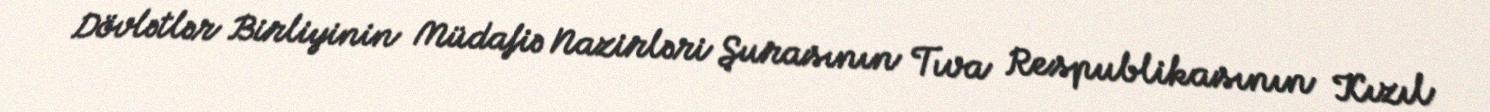
Dövlətlər Birliyinin Müdafiə Nazirləri Şurasının Tıva Respublikasının Kızıl